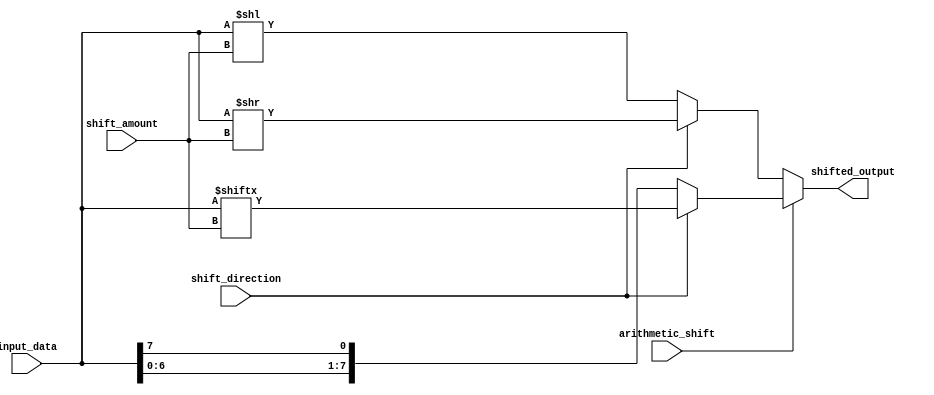
module Barrel_Shifter (
    input [7:0] input_data,
    input [2:0] shift_amount,
    input shift_direction, // 0 for left shift, 1 for right shift
    input arithmetic_shift, // 0 for logical shift, 1 for arithmetic shift
    output reg [7:0] shifted_output
);

always @(*) begin
    if (arithmetic_shift == 0) begin
        if (shift_direction == 0) // Left shift
            shifted_output = input_data << shift_amount;
        else // Right shift
            shifted_output = input_data >> shift_amount;
    end else begin
        if (shift_direction == 0) // Left shift
            shifted_output = {input_data[(7-shift_amount):0], (arithmetic_shift ? input_data[7] : 1'b0)};
        else // Right shift
            shifted_output = {(arithmetic_shift ? input_data[7] : input_data[0]), input_data[7:shift_amount]};
    end
end

endmodule